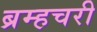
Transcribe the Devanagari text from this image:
ब्रम्हचरी